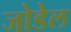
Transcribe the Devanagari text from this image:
जोडेल